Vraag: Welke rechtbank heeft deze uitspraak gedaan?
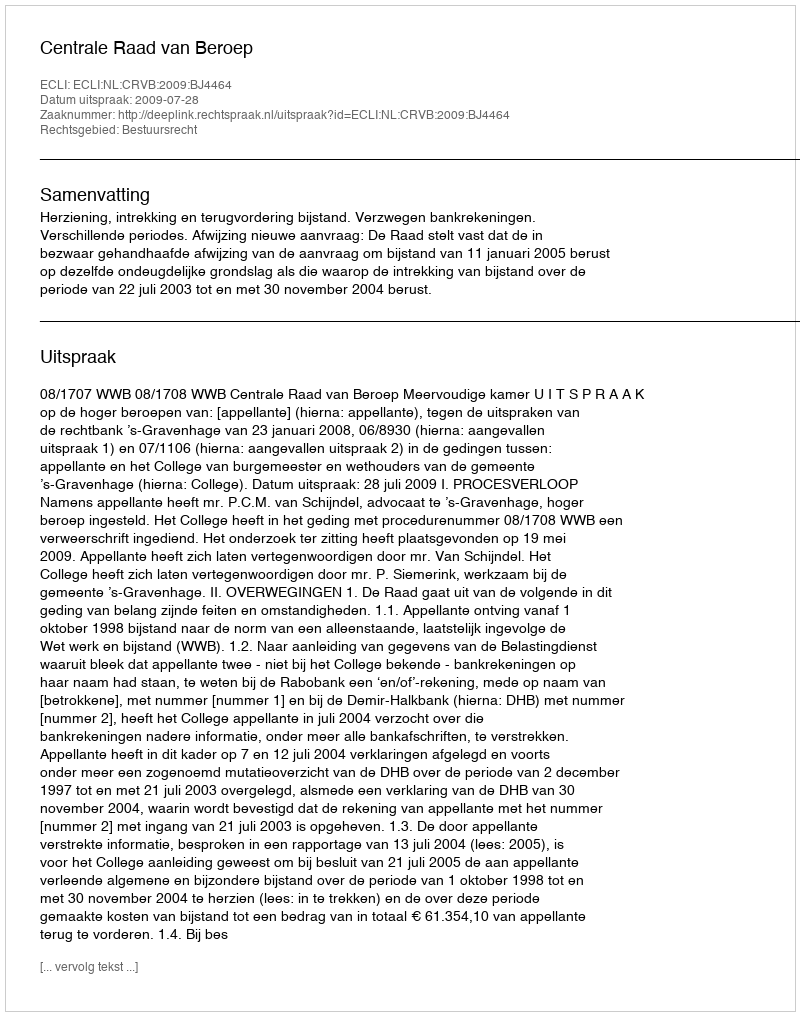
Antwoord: Centrale Raad van Beroep